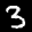
Label: 3